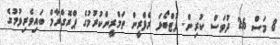
8 މަސް 26 ދުވަސް ކުރިން. ފުޓްބޯޅަ ރެފްރީން ތަމްރީންކުރުމުގެ ޕްރޮގްރާމް ބައިވެރިވުމުގެ